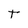
Character: t